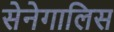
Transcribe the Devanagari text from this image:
सेनेगालिस